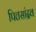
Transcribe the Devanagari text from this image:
पित्तसांद्रव